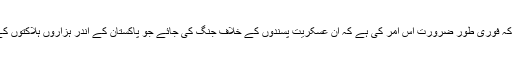
اُن کا کہنا ہے کہ فوری طور ضرورت اِس امر کی ہے کہ اُن عسکریت پسندوں کے خلاف جنگ کی جائے جو پاکستان کے اندر ہزاروں ہلاکتوں کے ذمہ دار ہیں۔